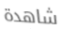
شاهدة